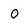
Character: O